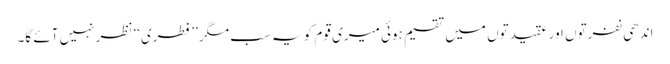
اندھی نفرتوں اور عقیدتوں میں تقسیم ہوئی میری قوم کو یہ سب مگر ’’فطری‘‘ نظر نہیں آئے گا۔